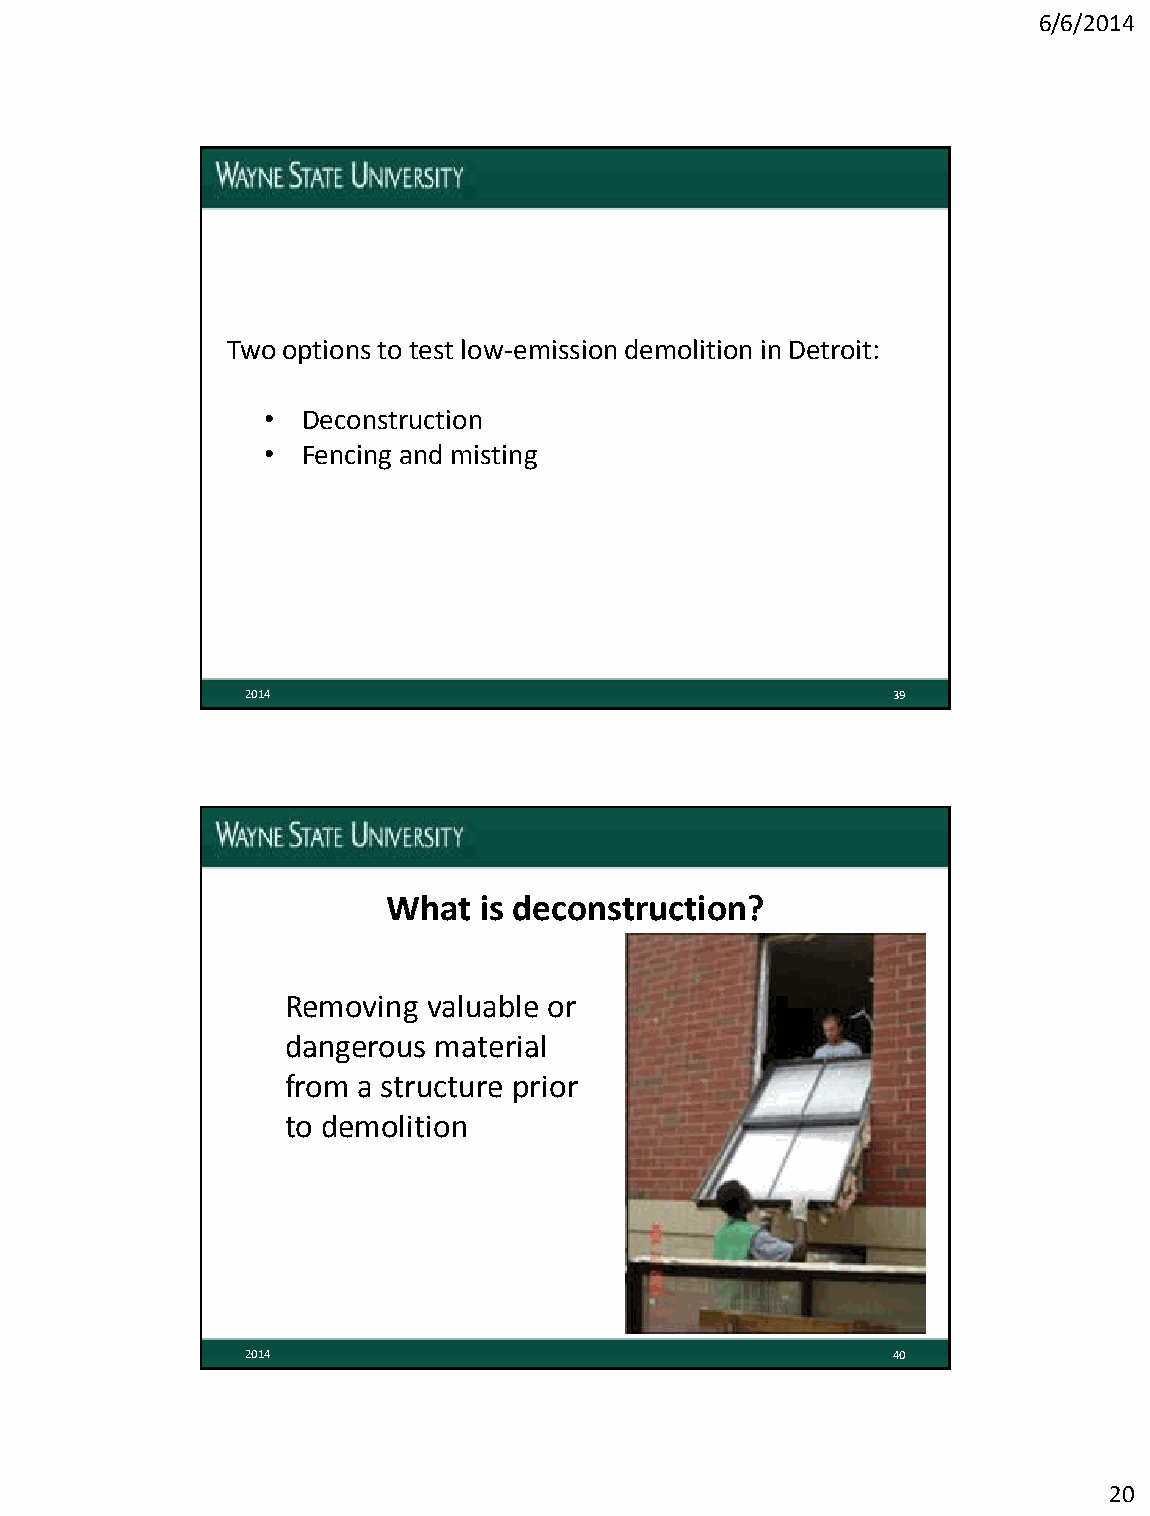
6/6/2014
 Two options to test low-emission demolition in Detroit:
 • Deconstruction
 • Fencing and misting
 2014                                       39
 What  is deconstruction?
 Removing valuable or
 dangerous material
 from a structure prior
 to demolition
 2014                                       40
 20